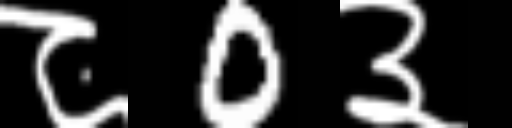
Text: ८0३